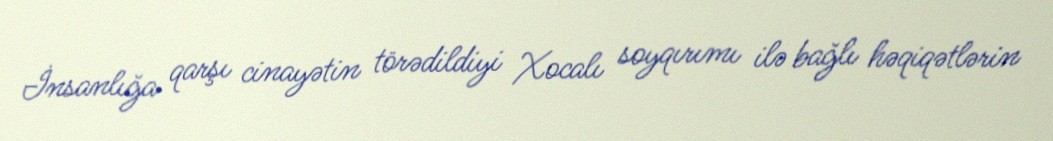
İnsanlığa qarşı cinayətin törədildiyi Xocalı soyqırımı ilə bağlı həqiqətlərin